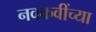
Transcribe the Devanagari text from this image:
नवकवींच्या